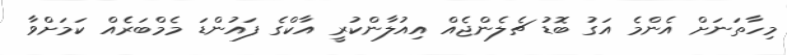
މިހާތަނަށް އެންމެ އަގު ބޮޑު ޗެލެންޖެއް އިއުލާންކުރީ އާކްގެ ފައުންޑަ މެމްބަރެއް ކަމަށްވާ